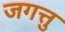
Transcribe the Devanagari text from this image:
जगत्तु